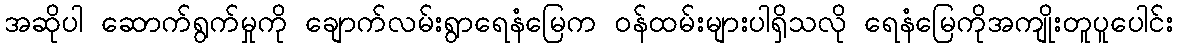
အဆိုပါ ဆောက်ရွက်မှုကို ချောက်လမ်းရွာရေနံမြေက ဝန်ထမ်းများပါရှိသလို ရေနံမြေကိုအကျိုးတူပူပေါင်း